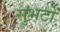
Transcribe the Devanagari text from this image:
सुभटों